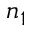
n _ { 1 }